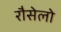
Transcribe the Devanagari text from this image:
रौसेलो